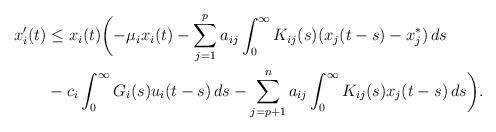
LaTeX: \begin{align*}x_i^{\prime}(t) &\leq x_i(t) \biggl(-\mu_i x_i(t)-\sum_{j=1}^{p} a_{ij} \int_0^{\infty}K_{ij}(s)(x_j(t-s)-x_j^*)\, ds \\& -c_i \int_0^{\infty}G_{i}(s)u_i(t-s)\, ds-\sum_{j=p+1}^n a_{ij} \int_0^{\infty}K_{ij}(s)x_j(t-s)\, ds \biggr). \end{align*}